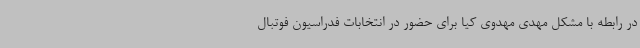
در رابطه با مشکل مهدی مهدوی کیا برای حضور در انتخابات فدراسیون فوتبال